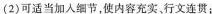
(2)可适当加入细节，使内容充实行文连贯；